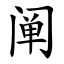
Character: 阐